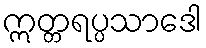
ဣတ္တရပ္ပသာဒေါ